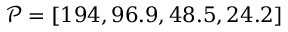
\mathcal { P } = [ 1 9 4 , 9 6 . 9 , 4 8 . 5 , 2 4 . 2 ]